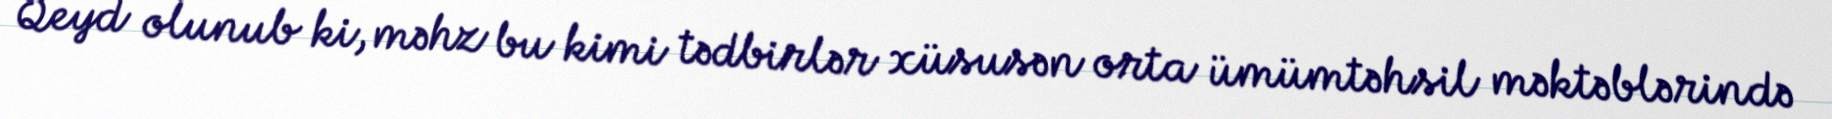
Qeyd olunub ki, məhz bu kimi tədbirlər xüsusən orta ümümtəhsil məktəblərində